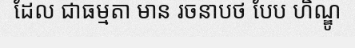
ដែល ជាធម្មតា មាន រចនាបថ បែប ហិណ្ឌូ